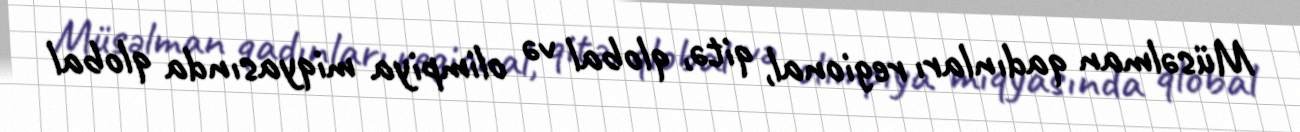
Müsəlman qadınları regional, qitə, qlobal və olimpiya miqyasında qlobal